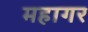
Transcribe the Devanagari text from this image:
महागर